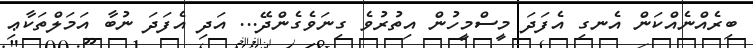
ބިރެއްނެއްކަން އެނގި އެފަދަ މީސްމީހުން އިތުރުވެ ގިނަވެގެންދޭ... އަދި އެފަދަ ނުބާ އަމަލްތަކާޢި